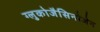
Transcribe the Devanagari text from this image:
ग्लुकोजैसिनोजेन